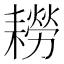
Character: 耮